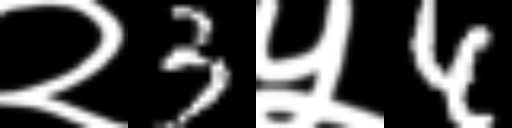
Text: २3५4